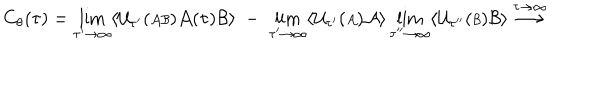
LaTeX: C _ { \theta } ( \tau ) = \lim _ { \tau ^ { \prime } \rightarrow \infty } \langle { \cal U } _ { \tau ^ { \prime } } ( { \scriptstyle { \cal A B } } ) { \cal A } ( \tau ) { \cal B } \rangle \; - \; \lim _ { \tau ^ { \prime } \rightarrow \infty } \langle { \cal U } _ { \tau ^ { \prime } } ( { \scriptstyle { \cal A } } ) { \cal A } \rangle \lim _ { \tau ^ { \prime \prime } \rightarrow \infty } \langle { \cal U } _ { \tau ^ { \prime \prime } } ( { \scriptstyle { \cal B } } ) { \cal B } \rangle \stackrel { \tau \rightarrow \infty } { \longrightarrow }